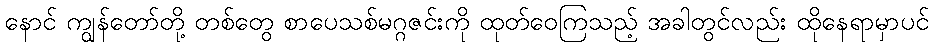
နောင် ကျွန်တော်တို့ တစ်တွေ စာပေသစ်မဂ္ဂဇင်းကို ထုတ်ဝေကြသည့် အခါတွင်လည်း ထိုနေရာမှာပင်